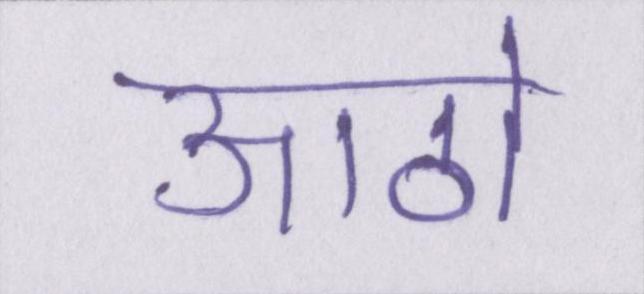
आठो